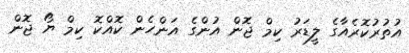
އުތުރުކޮރެއާގެ ލީޑަރު ކިމް ޖޮން އުންގެ އަންހެން ކޮއްކޮ ކިމް ޔޯ ޖޮން